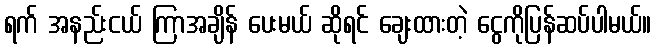
ရက် အနည်းငယ် ကြာအချိန် ပေးမယ် ဆိုရင် ချေးထားတဲ့ ငွေကိုပြန်ဆပ်ပါမယ်။